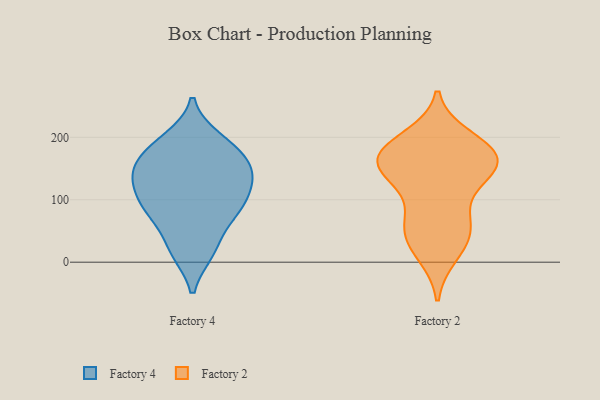
{"axis": {"x": "Shipments", "y": "Value"}, "legend": ["Factory 2", "Factory 4"], "data": [{"x": "", "y": 17, "type": "Factory 4"}, {"x": "", "y": 157, "type": "Factory 4"}, {"x": "", "y": 148, "type": "Factory 4"}, {"x": "", "y": 68, "type": "Factory 4"}, {"x": "", "y": 197, "type": "Factory 4"}, {"x": "", "y": 95, "type": "Factory 4"}, {"x": "", "y": 138, "type": "Factory 4"}, {"x": "", "y": 86, "type": "Factory 4"}, {"x": "", "y": 86, "type": "Factory 4"}, {"x": "", "y": 188, "type": "Factory 4"}, {"x": "", "y": 173, "type": "Factory 4"}, {"x": "", "y": 131, "type": "Factory 4"}, {"x": "", "y": 20, "type": "Factory 4"}, {"x": "", "y": 122, "type": "Factory 4"}, {"x": "", "y": 141, "type": "Factory 2"}, {"x": "", "y": 165, "type": "Factory 2"}, {"x": "", "y": 164, "type": "Factory 2"}, {"x": "", "y": 72, "type": "Factory 2"}, {"x": "", "y": 70, "type": "Factory 2"}, {"x": "", "y": 186, "type": "Factory 2"}, {"x": "", "y": 181, "type": "Factory 2"}, {"x": "", "y": 23, "type": "Factory 2"}, {"x": "", "y": 162, "type": "Factory 2"}, {"x": "", "y": 148, "type": "Factory 2"}, {"x": "", "y": 51, "type": "Factory 2"}, {"x": "", "y": 180, "type": "Factory 2"}, {"x": "", "y": 132, "type": "Factory 2"}, {"x": "", "y": 13, "type": "Factory 2"}, {"x": "", "y": 144, "type": "Factory 2"}, {"x": "", "y": 199, "type": "Factory 2"}, {"x": "", "y": 49, "type": "Factory 2"}]}